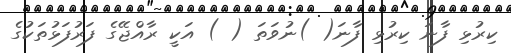
ކިރުޅި ފާނަ ކިރުޅި ފާނަ( )ނުވަތަ ( ) އަކީ ރާއްޖޭގެ ފަރުފަޅުތަކުގެ